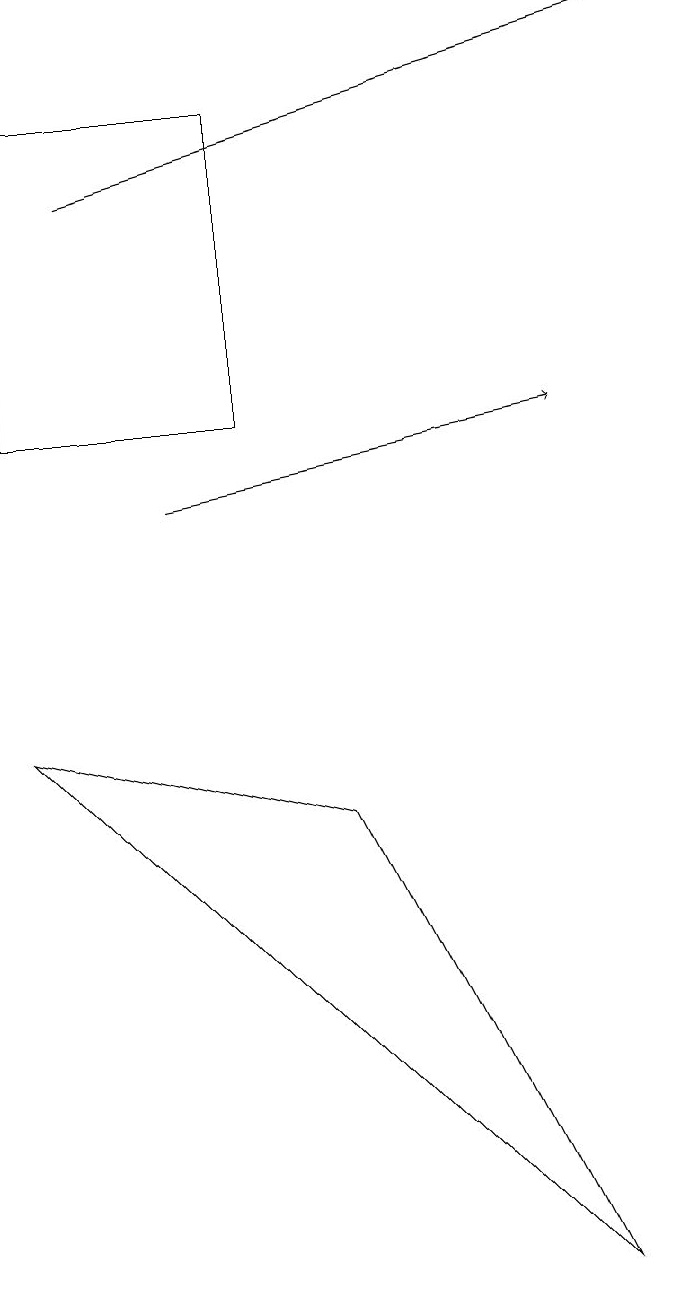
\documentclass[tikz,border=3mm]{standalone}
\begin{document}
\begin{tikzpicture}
\draw[->] (2,16) -- (9,18);
\draw[->] (3,12) -- (8,13);
\draw (1,13) rectangle (4,17);
\draw (8,2) -- (1,9) -- (5,8) -- cycle;
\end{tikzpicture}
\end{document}